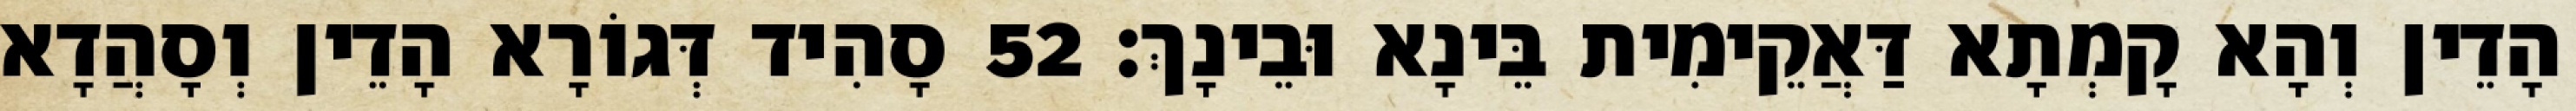
הָדֵין וְהָא קָמְתָא דַּאֲקֵימִית בֵּינָא וּבֵינָךְ׃ 52 סָהִיד דְּגוֹרָא הָדֵין וְסָהֲדָא